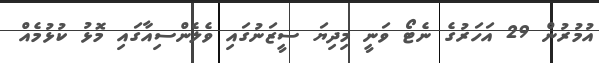
އުމުރުން 29 އަހަރުގެ ނެޓޯ ވަނީ މިދިޔަ ސީޒަނުގައި ވެލެންސިއާގައި މޮޅު ކުޅުމެއް